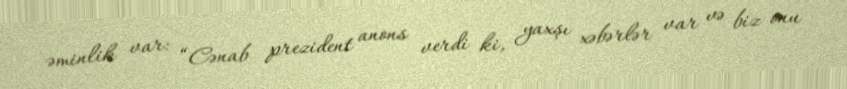
əminlik var: “Cənab prezident anons verdi ki, yaxşı xəbərlər var və biz onu